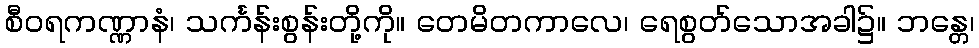
စီဝရကဏ္ဏာနံ၊ သင်္ကန်းစွန်းတို့ကို။ တေမိတကာလေ၊ ရေစွတ်သောအခါ၌။ ဘန္တေ၊